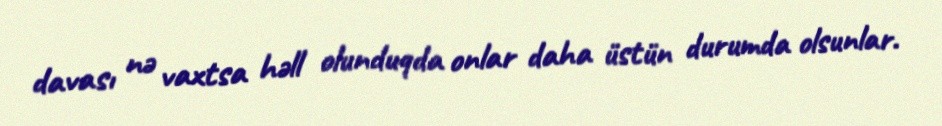
davası nə vaxtsa həll olunduqda onlar daha üstün durumda olsunlar.